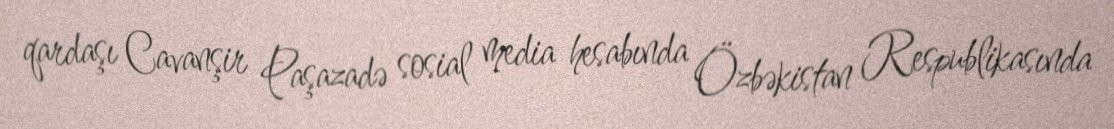
qardaşı Cavanşir Paşazadə sosial media hesabında Özbəkistan Respublikasında